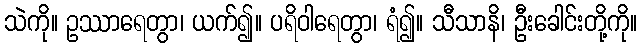
သဲကို။ ဥဿာရေတွာ၊ ယက်၍။ ပရိဝါရေတွာ၊ ရံ၍။ သီသာနိ၊ ဦးခေါင်းတို့ကို။